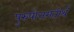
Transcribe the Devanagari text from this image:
पुरुषोत्तमतीर्थ